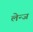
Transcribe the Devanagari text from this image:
लेन्ज